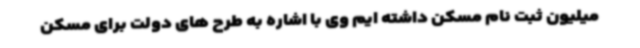
میلیون ثبت نام مسکن داشته ایم وی با اشاره به طرح های دولت برای مسکن